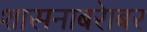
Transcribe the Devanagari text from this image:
शासनाबरेाबर